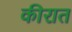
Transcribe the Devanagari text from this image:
कीरात